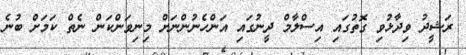
ރަޝީދު ވިދާޅުވި ގޮތުގައި އިސްލާމް ދީނުގައި އަންހެނުންނަށް މިނިވަންކަން ނެތް ކަމަށް ބުނެ